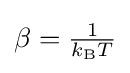
\beta ={\tfrac {1}{k_{\text{B}}T}}